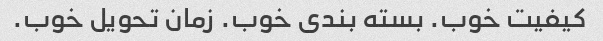
کیفیت خوب. بسته بندی خوب. زمان تحویل خوب.